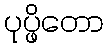
ပုပ္ဖိတော